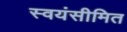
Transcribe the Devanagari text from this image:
स्वयंसीमित